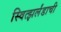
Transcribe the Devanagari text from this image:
स्वित्झर्लंडाची